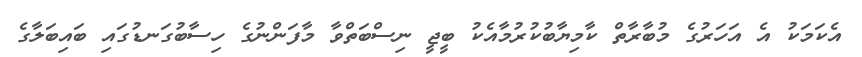
އެކަމަކު އެ އަހަރުގެ މުބާރާތް ކާމިޔާބުކުރުމާއެކު ބީޖީ ނިސްބަތްވާ މާފަންނުގެ ހިސާބުގަނޑުގައި ބައިބަލާގެ